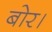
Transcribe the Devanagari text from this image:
बोर।